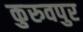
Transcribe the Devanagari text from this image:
कुरुवपुर